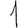
Digit: 1